Madras plague regulations in force outside the Presidency town - Volume 3
Disease focus: Plague
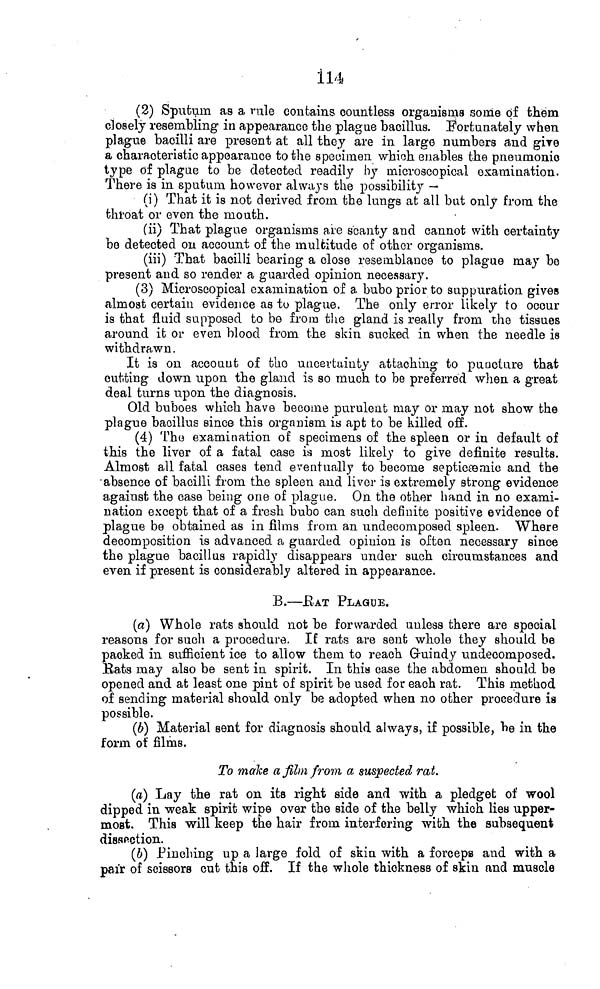
114
(2) Sputum as a rule contains countless organisms some of them,
closely resembling in appearance the plague bacillus. Fortunately when
plague bacilli are present at all they are in large numbers and gire
a characteristic appearance to the specimen which enables the pneumonic
type of plague to be detected readily by microscopical examination.
There is in sputum however always the possibility —
(i) That it is not derived from the lungs at all but only from the
throat or even the mouth.
(ii) That plague organisms are scanty and cannot with certainty
be detected ou account of the multitude of other organisms.
(iii) That bacilli bearing a close resemblance to plague may be
present and so render a guarded opinion necessary.
(3) Microscopical examination of a bubo prior to suppuration gives
almost certain evidence as to plague. The only error likely to occur
is that fluid supposed to be from the gland is really from the tissues
around it or even blood from the skin sucked in when the needle is
withdrawn.
It is on account of the uncertainty attaching to puncture that
cutting down upon the gland is so much to be preferred when a great
deal turns upon the diagnosis.
Old buboes which have become purulent may or may not show the
plague bacillus since this organism is apt to be killed off.
(4) The examination of specimens of the spleen or in default of
this the liver of a fatal case is most likely to give definite results.
Almost all fatal cases tend eventually to become septicémie and the
•absence of bacilli from the spleen and liver is extremely strong evidence
against the case being one of plague. On the other hand in no exami-
nation except that of a fresh bubo can such definite positive evidence of
plague be obtained as in films from an undecomposed spleen. Where
decomposition is advanced a guarded opinion is often, necessary since
the plague bacillus rapidly disappears under such circumstances and
even if present is considerably altered in appearance.
B.—RAT PLAGUE.
(a) Whole rats should not be forwarded unless there are special
reasons for such a procedure. If rats are sent whole they should be
packed in sufficient ice to allow them to reach Gruindy undeoomposed.
Hats may also be sent in spirit. In thia case the abdomen should be
opened and at least one pint of spirit be used for each rat. This method
of sending material should only be adopted when no other procedure is
possible.
(6) Material sent for diagnosis should always, if possible, be in the
form of films.
To make a film from a suspected rat.
(a) Lay the rat on its right side and with a pledget of wool
dipped in -weak spirit wipe over the side of the belly which lies upper-
most. This will keep the hair from interfering with the subsequent
dissection.
(6) Pinching up a large fold of skin with a forceps and with a
pair of scissors cut this off. If the whole thickness of skin and muscle